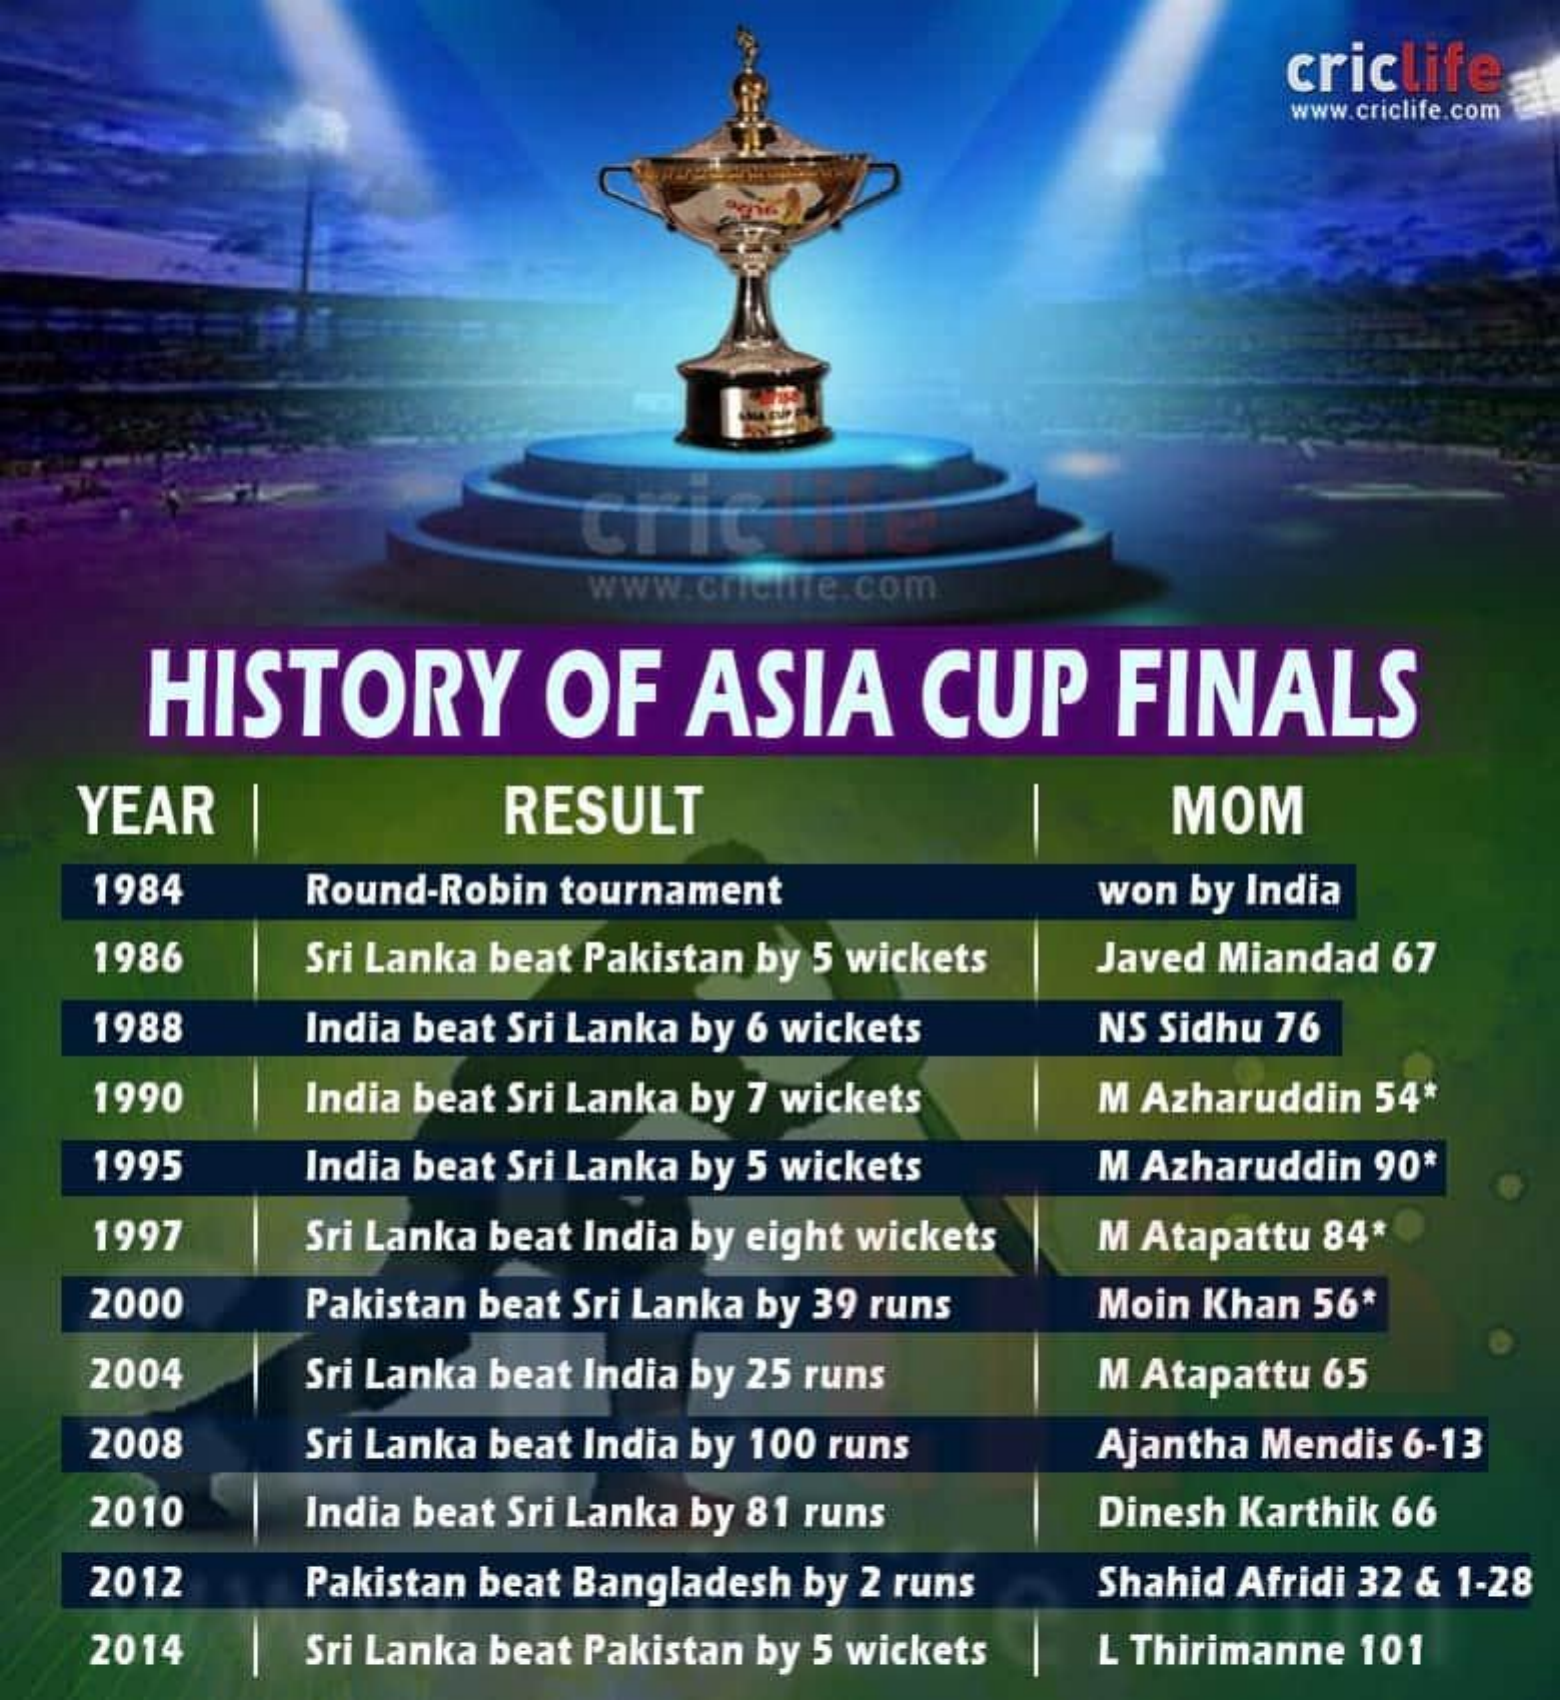
criclife
     www.criclife.com
     Crite
     www.crieiite.com
     HISTORY    OF    ASIA    CUP    FINALS
   YEAR    RESULT    MOM
    1984   Round-Robin tournament    won by India
    1986   Sri Lanka beat Pakistan by 5 wickets Javed Miandad 67
    1988   India beat Sri Lanka by 6 wickets NS Sidhu 76
    1990   India beat Sri Lanka by 7 wickets M Azharuddin 54*
    1995   India beat Sri Lanka by 5 wickets M Azharuddin 90*
    1997   Sri Lanka beat India by eight wickets M Atapattu 84*
    2000   Pakistan beat Sri Lanka by 39 runs Moin Khan 56*
    2004   Sri Lanka beat India by 25 runs M Atapattu 65
    2008   Sri Lanka beat India by 100 runs Ajantha Mendis 6-13
    2010   India beat Sri Lanka by 81 runs Dinesh Karthik 66
    2012   Pakistan beat Bangladesh by 2 runs Shahid Afridi 32 & 1-28
    2014   Sri Lanka beat Pakistan by 5 wickets L Thirimanne 101